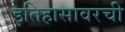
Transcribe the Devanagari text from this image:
इतिहासावरची